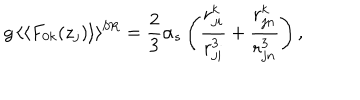
g \, \langle \langle F _ { 0 k } ( z _ { j } ) \rangle \rangle ^ { \mathrm { S R } } = \frac { 2 } { 3 } \alpha _ { s } \left( \frac { r _ { j i } ^ { k } } { r _ { j i } ^ { 3 } } + \frac { r _ { j n } ^ { k } } { r _ { j n } ^ { 3 } } \right) ,